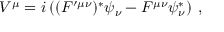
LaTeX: V ^ { \mu } = i \left( ( F ^ { \prime \mu \nu } ) ^ { * } \psi _ { \nu } - F ^ { \mu \nu } \psi _ { \nu } ^ { * } \right) \; ,